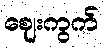
ဈေးကွက်